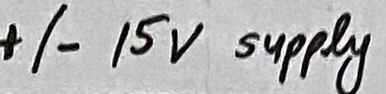
Text: +/- 15V supply